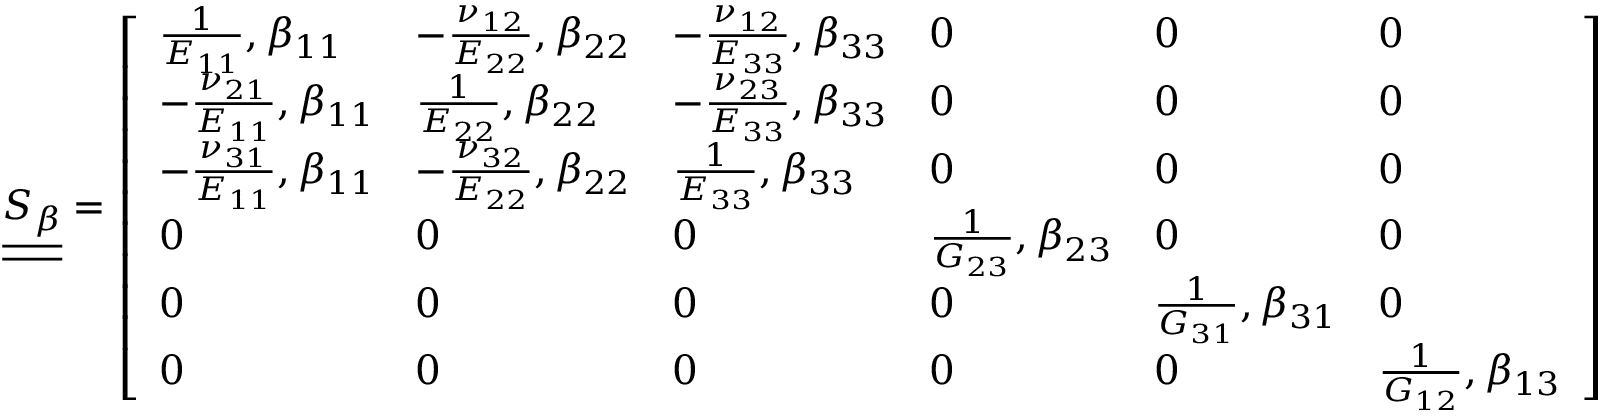
\underline { { \underline { { S _ { \beta } } } } } = \left[ \begin{array} { l l l l l l } { \frac { 1 } { E _ { 1 1 } } , \beta _ { 1 1 } } & { - \frac { \nu _ { 1 2 } } { E _ { 2 2 } } , \beta _ { 2 2 } } & { - \frac { \nu _ { 1 2 } } { E _ { 3 3 } } , \beta _ { 3 3 } } & { 0 } & { 0 } & { 0 } \\ { - \frac { \nu _ { 2 1 } } { E _ { 1 1 } } , \beta _ { 1 1 } } & { \frac { 1 } { E _ { 2 2 } } , \beta _ { 2 2 } } & { - \frac { \nu _ { 2 3 } } { E _ { 3 3 } } , \beta _ { 3 3 } } & { 0 } & { 0 } & { 0 } \\ { - \frac { \nu _ { 3 1 } } { E _ { 1 1 } } , \beta _ { 1 1 } } & { - \frac { \nu _ { 3 2 } } { E _ { 2 2 } } , \beta _ { 2 2 } } & { \frac { 1 } { E _ { 3 3 } } , \beta _ { 3 3 } } & { 0 } & { 0 } & { 0 } \\ { 0 } & { 0 } & { 0 } & { \frac { 1 } { G _ { 2 3 } } , \beta _ { 2 3 } } & { 0 } & { 0 } \\ { 0 } & { 0 } & { 0 } & { 0 } & { \frac { 1 } { G _ { 3 1 } } , \beta _ { 3 1 } } & { 0 } \\ { 0 } & { 0 } & { 0 } & { 0 } & { 0 } & { \frac { 1 } { G _ { 1 2 } } , \beta _ { 1 3 } } \end{array} \right]